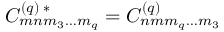
C _ { m n m _ { 3 } \ldots m _ { q } } ^ { ( q ) \; * } = C _ { n m m _ { q } \ldots m _ { 3 } } ^ { ( q ) }